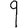
Digit: 9